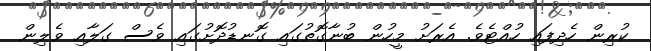
ކުރިން ހެދިފައި ހުއްޓެވެ. އެރަށު މީހުން ބުނާގޮތުގައި ގޮނޑުދޮށުގައި ވެސް ގަލާއި ވެލިން